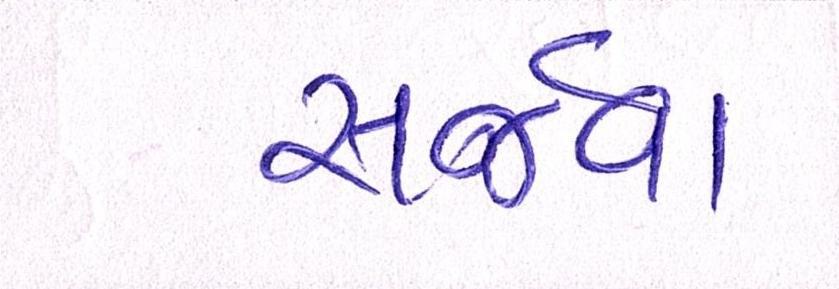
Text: સર્જવા